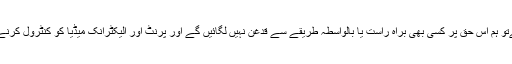
جب ہم حکومت میں ہوں گےتو ہم اس حق پر کسی بھی براہ راست یا بالواسطہ طریقے سے قدغن نہیں لگائیں گے اور پرنٹ اور الیکٹرانک میڈیا کو کنٹرول کرنے کی کوشش نہیں کریں گے۔